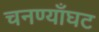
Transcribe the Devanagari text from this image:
चनण्याँघट